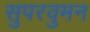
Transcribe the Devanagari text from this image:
सुपरवुमन